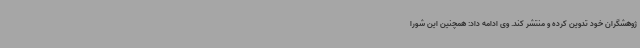
ژوهشگران خود تدوین کرده و منتشر کند. وی ادامه داد: همچنین این شورا